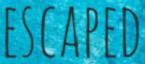
ESCAPED